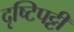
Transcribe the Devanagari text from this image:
दृष्टिपट्टी